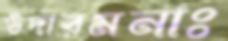
উদারমনাঃ